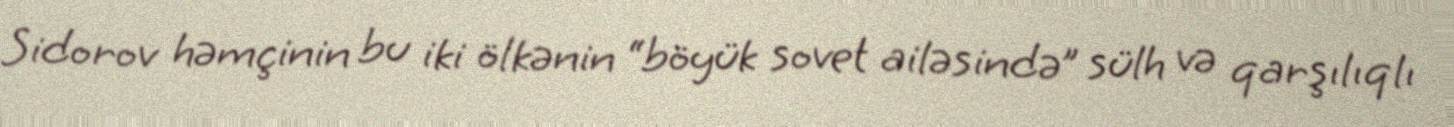
Sidorov həmçinin bu iki ölkənin “böyük sovet ailəsində” sülh və qarşılıqlı